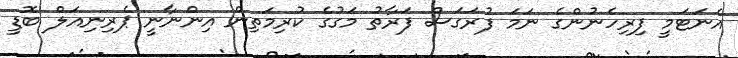
އެނަޓަމީ ފިރިހެނުންގެ ނަމަ ފުރަގަސް ފަރާތު މަގުގެ ކުރިމަތިން އިންނާނީ ޕެރިނިއަލް ބޮޑީ